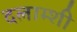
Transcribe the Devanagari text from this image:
दलाम्शी